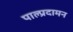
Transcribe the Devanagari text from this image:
पाल्प्रदामन